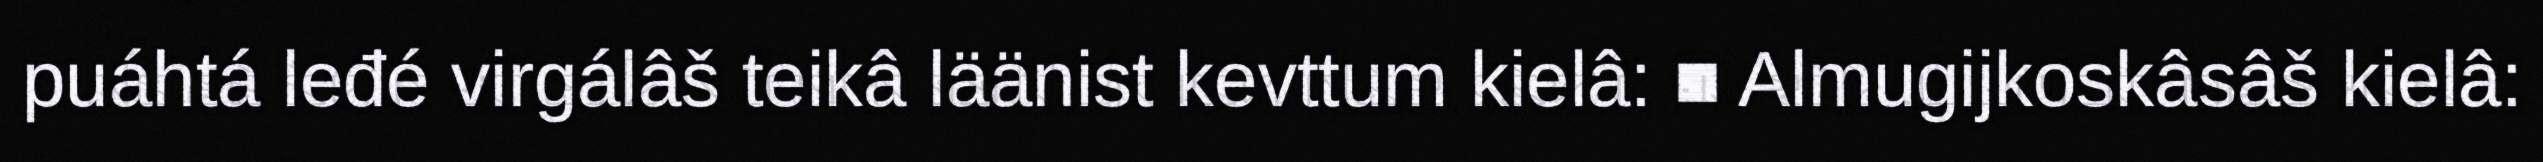
puáhtá leđé virgálâš teikâ läänist kevttum kielâ: ■ Almugijkoskâsâš kielâ: